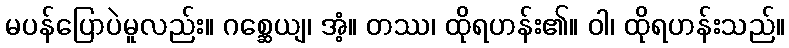
မပန်ပြောပဲမူလည်း။ ဂစ္ဆေယျ၊ အံ့။ တဿ၊ ထိုရဟန်း၏။ ဝါ၊ ထိုရဟန်းသည်။